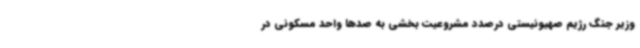
وزیر جنگ رژیم صهیونیستی درصدد مشروعیت بخشی به صدها واحد مسکونی در